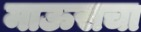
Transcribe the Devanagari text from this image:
माऊसचा